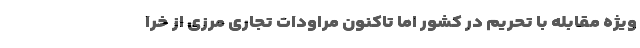
ویژه مقابله با تحریم در کشور اما تاکنون مراودات تجاری مرزی از خرا